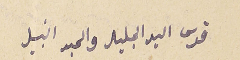
قدس السيد الجليل والحبر النبيل